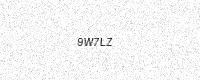
Text: 9W7LZ